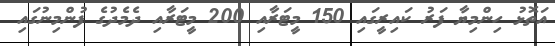
އަތޮޅު ހިންމިޔާ ފަރު ކައިރީގައި 150 މީޓަރާއި 200 މީޓަރާއި ދެމެދުގެ ފުންމިނުގައި